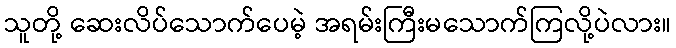
သူတို့ ဆေးလိပ်သောက်ပေမဲ့ အရမ်းကြီးမသောက်ကြလို့ပဲလား။